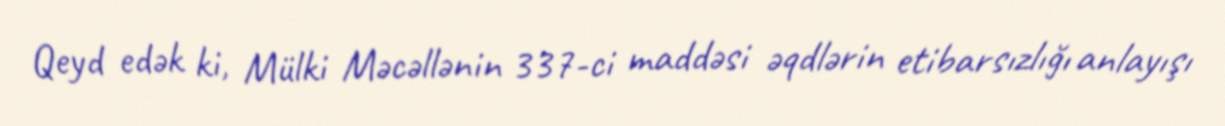
Qeyd edək ki, Mülki Məcəllənin 337-ci maddəsi əqdlərin etibarsızlığı anlayışı